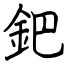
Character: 鈀